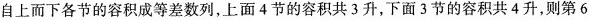
自上而下各节的容积成等差数列，上面4节的容积共3升，下面3节的容积共4升，则第6